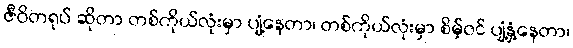
ဇီဝိတရုပ် ဆိုတာ တစ်ကိုယ်လုံးမှာ ပျံ့နေတာ၊ တစ်ကိုယ်လုံးမှာ စိမ့်ဝင် ပျံ့နှံ့နေတာ၊